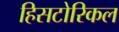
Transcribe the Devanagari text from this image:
हिसटोरिकल